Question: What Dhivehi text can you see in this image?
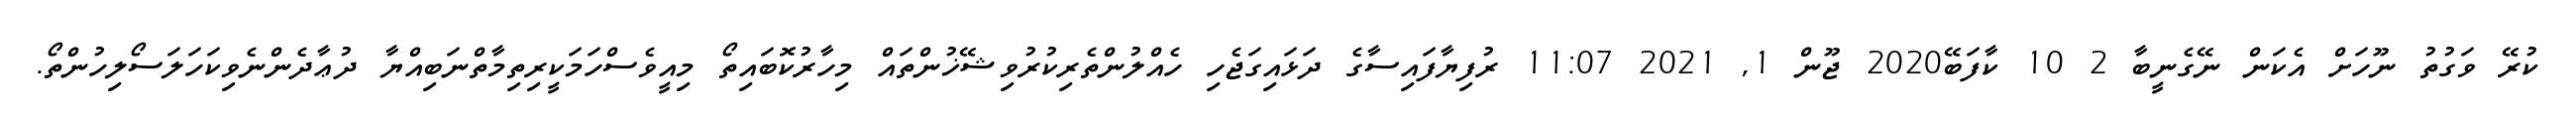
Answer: ކުރޭ ވަގުތު ނޫހަށް އެކަން ނޭގެނީބާ 2 10 ކާފަބޭ2020 ޖޫން 1, 2021 11:07 ރުފިޔާފައިސާގެ ދަޅައިގަޖެހި ހެއްލުންތެރިކުރުވިޝޭޚުންތައް މިހާރުކޮބައިތޯ މިއީވެސްހަމަކީރިތިމާތްނަބިއްޔާ ދުޢާދެންނެވިކަހަލަސޯލިހުންތޯ.